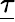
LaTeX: \underline{\tau}